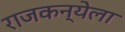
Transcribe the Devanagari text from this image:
राजकन्येला